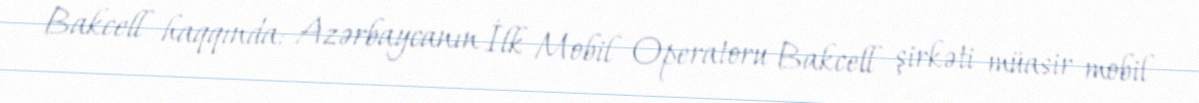
Bakcell haqqında: Azərbaycanın İlk Mobil Operatoru Bakcell şirkəti müasir mobil